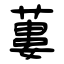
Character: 蔞